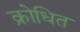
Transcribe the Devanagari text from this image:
क्रोधित